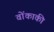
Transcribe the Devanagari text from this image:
वोंकाकी